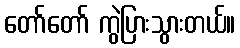
တော်တော် ကွဲပြားသွားတယ်။